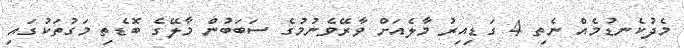
މެދުކެނޑުމެއް ނެތި 4 ގަޑިއިރު މާލެއަށް ވާރޭވެނުމުގެ ސަބަބުން މާލޭގެ ބޮޑެތި މަގުތަކުގައި